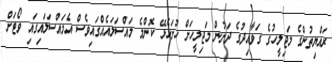
ރައްޔިތުންގެ މަޖިލީހުގެ ގަވާއިދުގެ ދަށުން މަޖިލީހަށް ހުށަހެޅޭ ކޮންމެ މައްސަލައެއްގައިވެސް އެމައްސަލައިގައި ވޯޓަށް